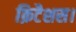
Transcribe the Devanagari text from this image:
क्रिटैशस।